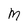
Character: m